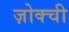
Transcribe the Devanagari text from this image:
ज़ोक्ची